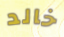
خالد